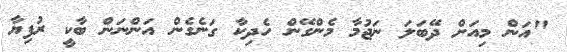
"އަން މިއަށް ދޭބަލަ ނަޖުމާ މެންގޭން ހެދިކާ ގަނެގެން އަންނަން ބާކީ ރުފިޔާ